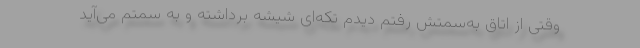
وقتی از اتاق به‌سمتش رفتم دیدم تکه‌ای شیشه برداشته و به سمتم می‌آید